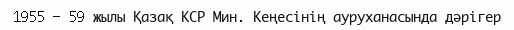
1955 – 59 жылы Қазақ КСР Мин. Кеңесінің ауруханасында дәрігер